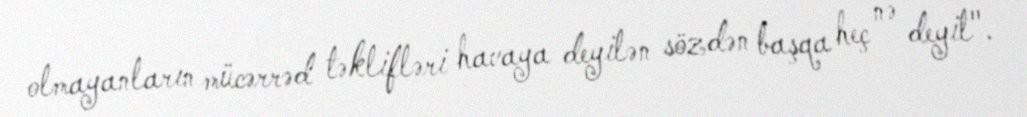
olmayanların mücərrəd təklifləri havaya deyilən sözdən başqa heç nə deyil".